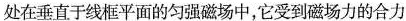
处在垂直于线框平面的匀强磁场中，它受到磁场力的合力 （ ）